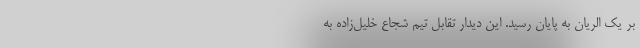
بر یک الریان به پایان رسید. این دیدار تقابل تیم شجاع خلیل‌زاده به